Medical and sanitary report of the native army of Bengal for the year
Year: 1876
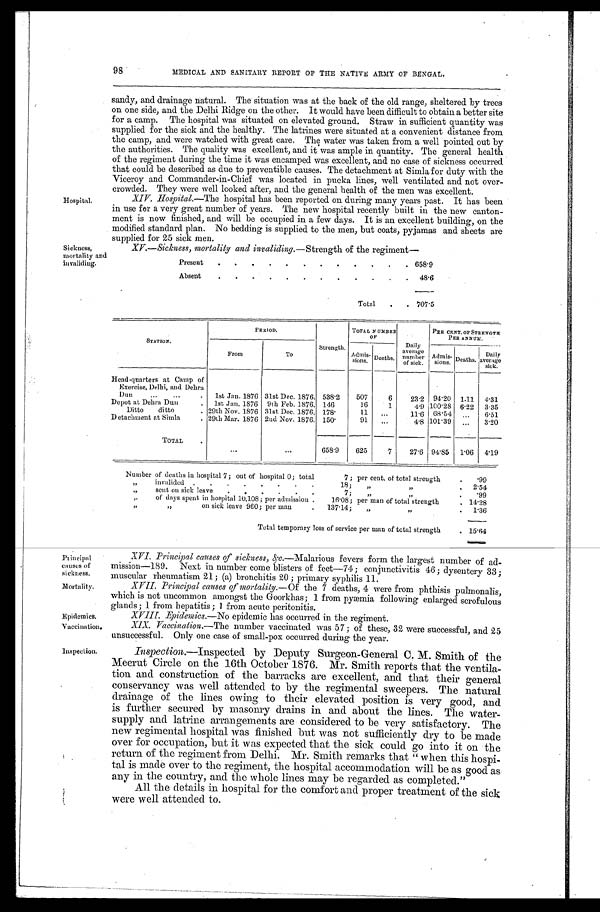
Pr incipal
causes of
sickness.
Mortality.
Epidemics.
Vaccination.
Inspection.
98MEDICAL AND SANITARY REPORT OP THE NATIVE ARMY OF BENGAL.
sandy, and drainage natural. The situation was at the back of the old range, sheltered by trees
on one side, and the Delhi Ridge on the other. It would have been difficult to obtain a better site
for a camp. The hospital was situated on elevated ground. Straw in sufficient quantity was
supplied for the sick and the healthy. The latrines were situated at a convenient distance from
the camp, and were watched with great care, The water was taken from a well pointed out by
the authorities. The quality was excellent, and it was ample in quantity. The general health
of the regiment during the time it was encamped was excellent, and no case of sickness occurred
that could be described as due to preventible causes. The detachment at Simla for duty with the
Viceroy and Commander-in-Chief was located in pucka lines, well ventilated and not over
- c r o w d e d . T h e y w e r e w e l l l o o k e d a f t e r , a n d t h e g e n e r a l h e a l t h o f t h e m e n w a s e x c e l l e n t . XIV. Hospital.—The hospital has been reported on during many years past. It has been
in use for a very great number of years. The new hospital recently built in the new canton
- m e n t i s n o w f i n i s h e d , a n d w i l l b e o c c u p i e d i n a f e w d a y s . I t i s a n e x c e l l e n t b u i l d i n g , o n t h e
modified standard plan. No bedding is supplied to the men, but coats, pyjamas and sheets are
supplied for 25 sick men.
Sickness,
XV.—Sickness, mortality and invaliding.—Strength of the regiment—
mortality and
STATION.
P E R I O D
Strength.
TOTAL NUMBER
OF
Daily
average
number' numb ofsick.
PER CENT. OF STRENGTR
P E R A N N U M .
From
To
A d m i s - s i o n s . Deaths. "
A d m i s - s i o n s . Deaths D a i l y
•
a v e r a g e s i c k .
Head-quarters at Camp of
Exercise, Delhi, and Dehra
Dun
1st Jan. 1876 31st Dec. 1876. 538.2 507 6 23.2 94.20 1.11 4.31
Depot at Dehra Dun. 1st Jan. 1876 9th Feb. 1876. 146
16 1 4.9 100.28 6.22 3.35
Ditto ditto.
Detachment Simla
at
29th Nov. 1876
Mar.
31st Dec. 1876. 178. 11
91 ... 11.6 68.54
101' 39
6 . 5 1
29th1876 2nd Nov. 1876. 150.
4.8
3.20
TOTAL.
658.9 625 7 27.6 94.85 1.06 4.19
Number of deaths in hospital 7; out of hospital 0;total 7per cent, of total strength. .99
invalided
18;„ „ 2 . 5 4
„sent on sick leave7 ;,, „ .99
„of days spent in hospital 10,108; per admission .16.08;per man of total strength, 1 4 . 2 8
„ „
on sick leave 960; per man.137.14„ „. 1.36
Total temporary loss of service per man of total strength. 1 5 . 6 4
Hospital.
Present
6 5 8 . 9
Absent
48.6
Total. 7 0 7 . 5
XVI. Principal causes of sickness, &c-c.—M a l a r i o u s
fevers form the largest number of ad
- m i s s i o n — 1 8 9 . N e x t i n n u m b e r c o m e b l i s t e r s o f f e e t - 7 4 ; c o n j u n c t i v i t i s 4 6 ; d y s e n t e r y 3 3 ;
muscular rheumatism 21; (a) bronchitis 20; primary syphilis 11.
XVII. . Principal causes of mortality. — O f
t h e 7 d e a t h s , 4 w e r e f r o m p h t h i s i s p u l m o n a l i s ,
which is not uncommon amongst the Goorkhas; 1 from pyæmia following enlarged scrofulous
glands; 1 from hepatitis; from acute peritonitis.
X V I I I . E p i d e m i c s . —
N o
e p i d e m i c h a s o c c u r r e d i n t h e r e g i m e n t .
XIX. Vaccination.—The number vaccinated was 57; of these, 32 were successful, and 25
unsuccessful. Only one case of small-pox occurred during the year.
Inspection.—Inspected by Deputy Surgeon-General C. M. Smith of the
Meerut Circle on the 16th October 1876. Mr. Smith reports that the ventila
- t i o n a n d c o n s t r u c t i o n o f t h e b a r r a c k s a r e e x c e l l e n t , a n d t h a t t h e i r g e n e r a l
conservancy was well attended to by the regimental sweepers. The natural
drainage of the lines owing to their elevated position is very good, and
is further secured by masonry drains in and about the lines. The water-
supply and latrine arrangements are considered to be very satisfactory. The
new regimental hospital was finished but was not sufficiently dry to be made
over for occupation, but it was expected that the sick could go into it on -the
return of the regiment from Delhi. Mr. Smith remarks that "when this hospi
-tal is made over to the regiment, the hospital accommodation will be as good as
any in the country, and the whole lines may be regarded as completed."
All the details in hospital for the comfort and proper treatment of the sick
were well attended to.